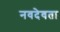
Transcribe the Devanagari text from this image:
नवदेवता